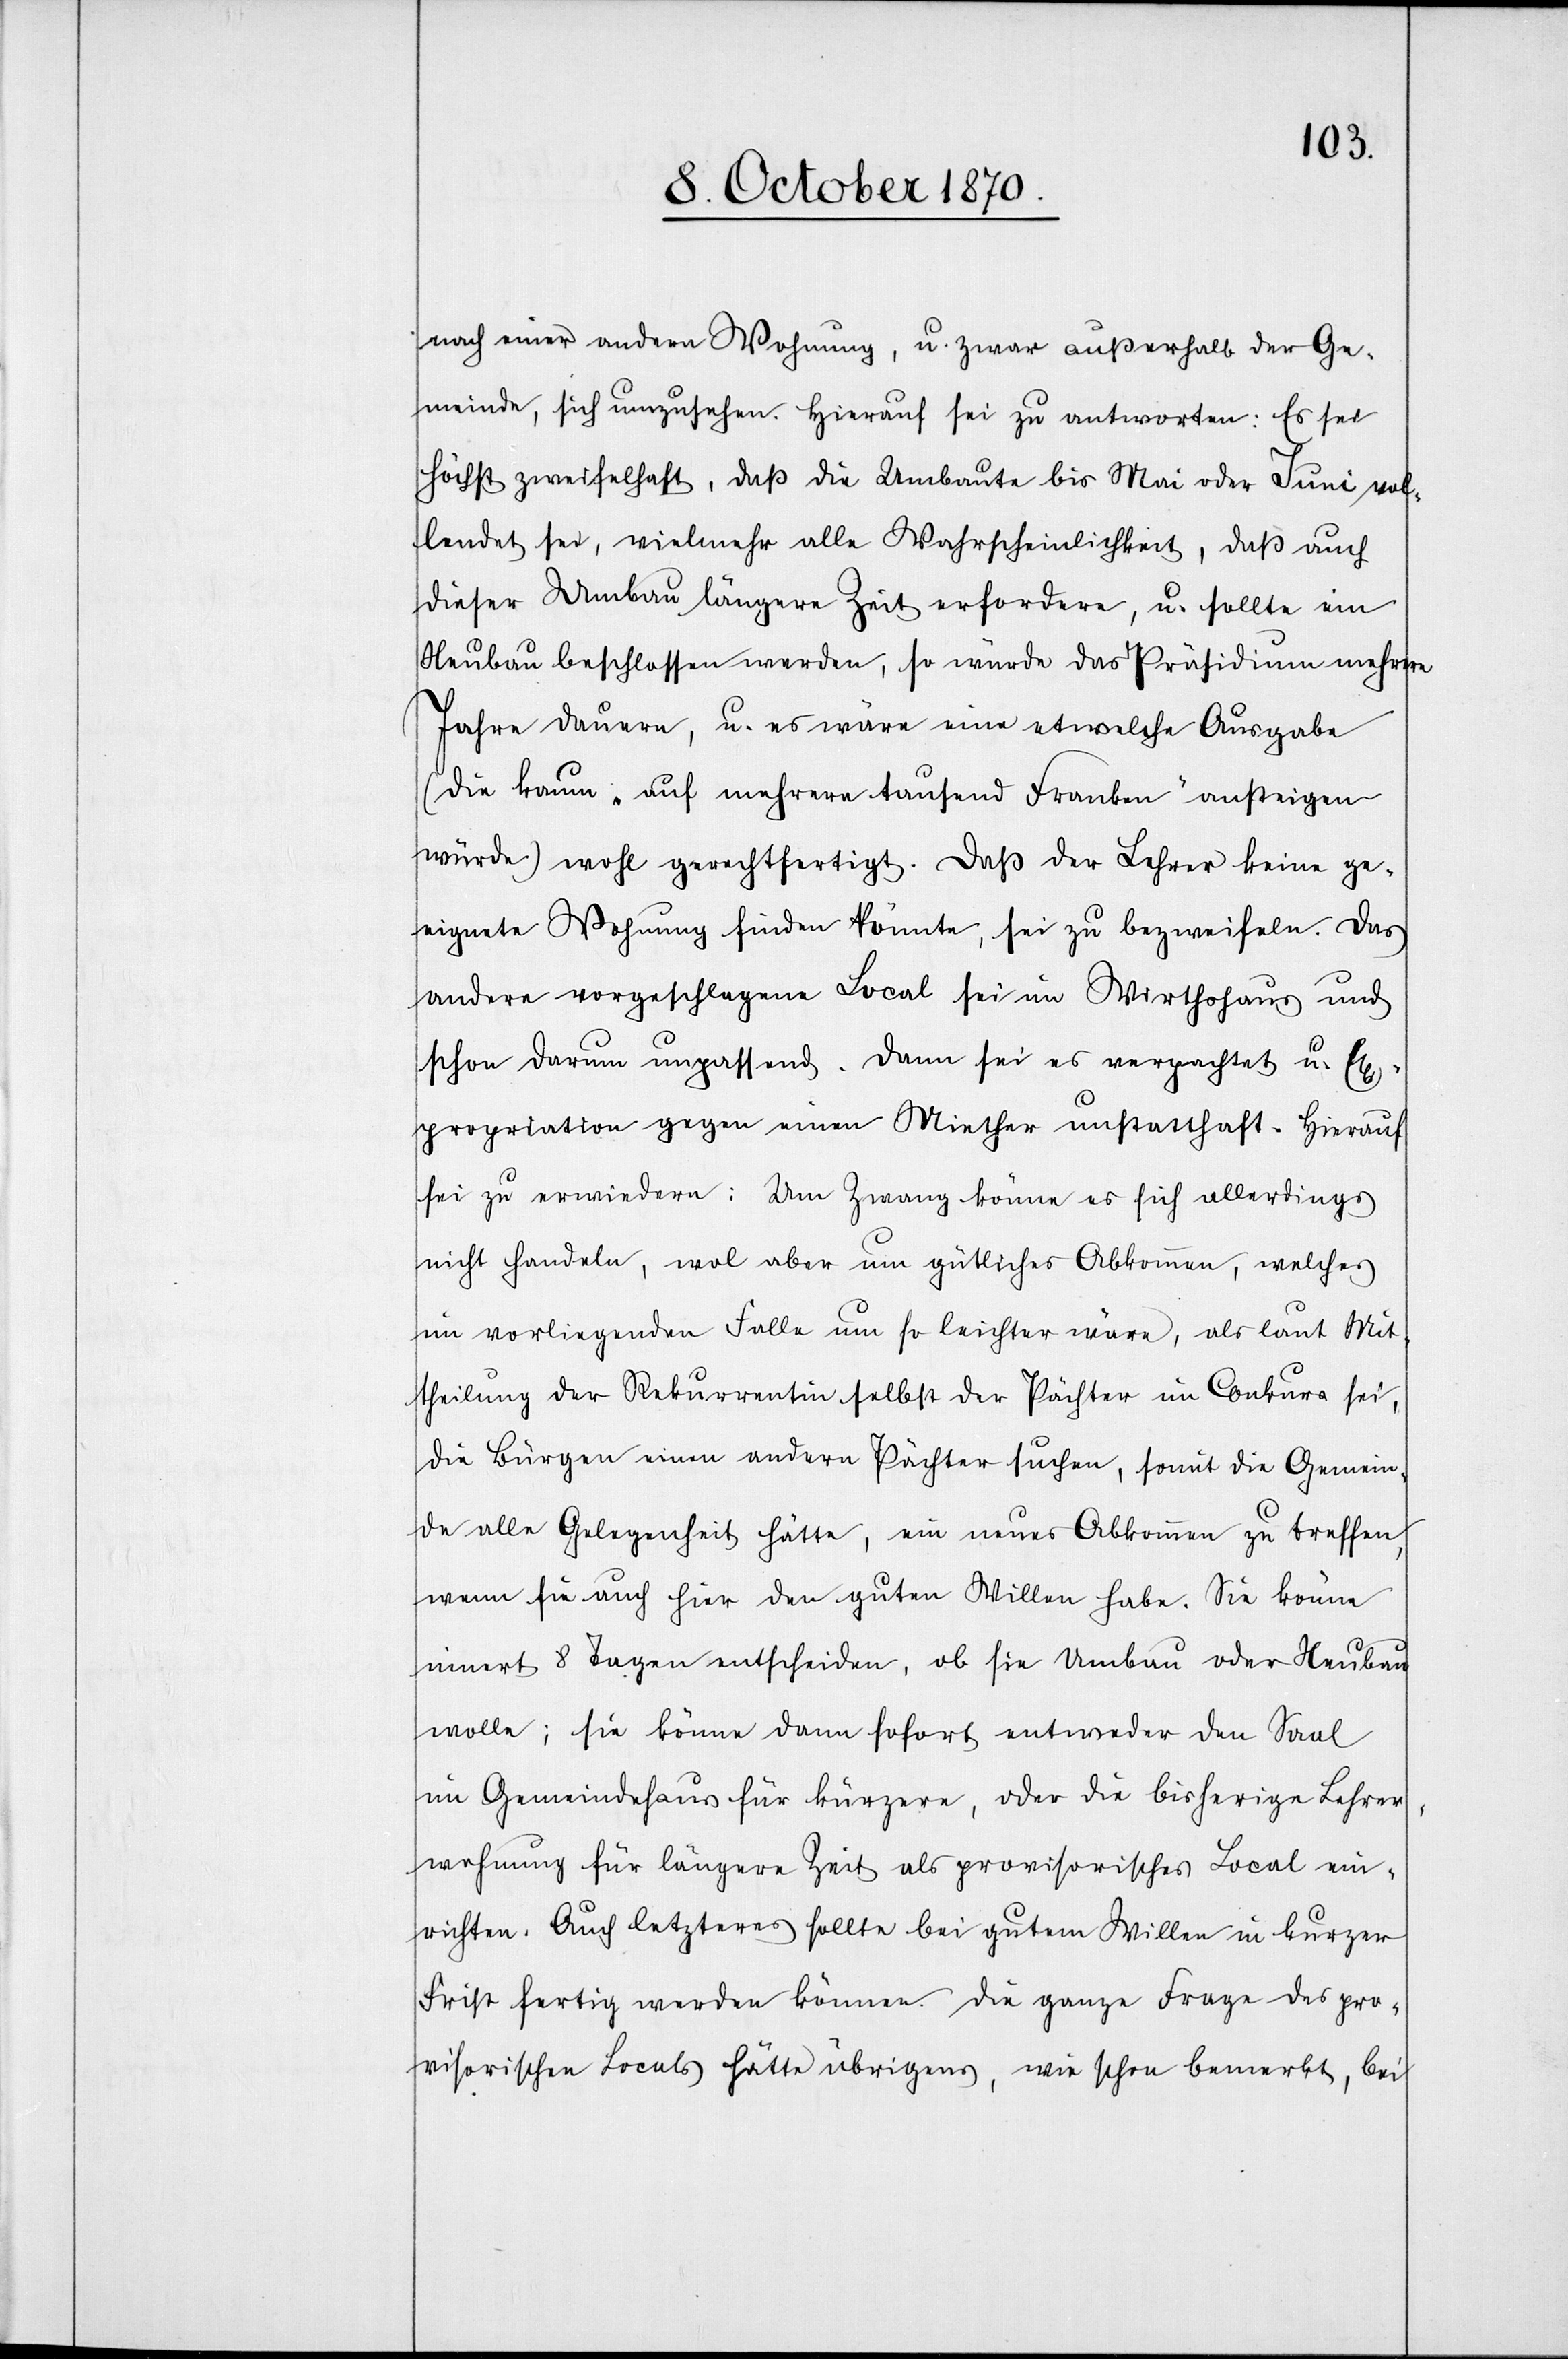
nach einer andern Wohnung, u. zwar außerhalb der Ge¬
meinde, sich [sic!] umzusehen. Hierauf sei zu antworten: Es sei
höchst zweifelhaft, daß die Umbaute bis Mai oder Juni vol¬
lendet sei, vielmehr alle Wahrscheinlichkeit, daß auch
dieser Umbau längere Zeit erfordere, u. sollte ein
Neubau beschlossen werden, so würde das Präsidium mehrere
Jahre dauern, u. es wäre eine etwelche Ausgabe
(die kaum „auf mehrere tausend Franken“ ansteigen
würde) wohl gerechtfertigt. Daß der Lehrer keine ge¬
eignete Wohnung finden könnte, sei zu bezweifeln. Das
andere vorgeschlagene Local sei ein Wirthshaus und
schon darum unpassend. Dann sei es verpachtet u. Ex¬
propriation gegen einen Miether unstatthaft. Hierauf
sei zu erwiedern: Um Zwang könne es sich allerdings
nicht handeln, wol aber um gütliches Abkommen, welches
im vorliegenden Falle um so leichter wäre, als laut Mit¬
theilung der Rekurrentin selbst der Pächter im Conkurs sei,
die Bürgen einen anderen Pächter suchen, somit die Gemein¬
de alle Gelegenheit hätte, ein neues Abkommen zu treffen,
wenn sie auch hier den guten Willen habe. Sie könne
innert 8 Tagen entscheiden, ob sie Umbau oder Neubau
wolle; sie könne dann sofort entweder den Saal
im Gemeindehaus für kürzere, oder die bisherige Lehrer¬
wohnung für längere Zeit als provisorisches Local ein¬
richten. Auch letzteres sollte bei gutem Willen in kurzer
Frist fertig werden können. Die ganze Frage des pro¬
visorischen Locals hätte übrigens, wie schon bemerkt, bei